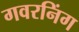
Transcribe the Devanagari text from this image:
गवरनिंग